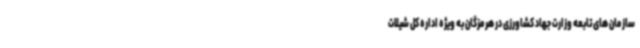
سازمان های تابعه وزارت جهاد کشاورزی در هرمزگان به ویژه اداره کل شیلات